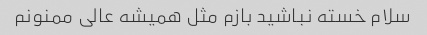
سلام خسته نباشید بازم مثل همیشه عالی ممنونم